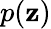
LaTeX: p(\textbf{z})